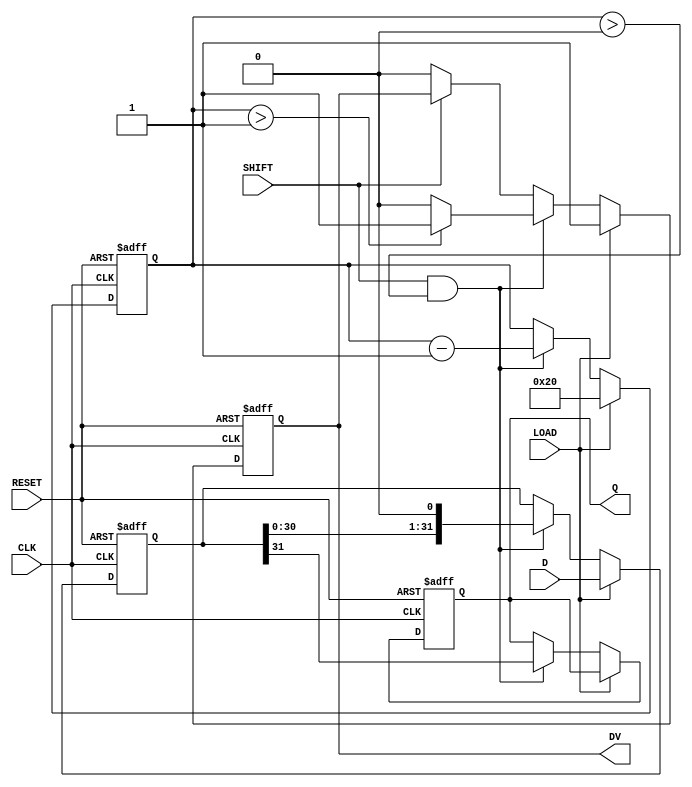
module PISO_Register (
    input  wire        CLK,    // Clock signal
    input  wire        RESET,  // Asynchronous reset
    input  wire        LOAD,   // Load signal
    input  wire        SHIFT,  // Shift signal
    input  wire [31:0] D,      // 32-bit input data
    output reg         Q,      // Serial output
    output reg         DV       // Data valid signal
);

    reg [31:0] shift_reg; // Internal shift register
    reg [5:0] bit_count;   // Counter to track the number of bits shifted out

    always @(posedge CLK or posedge RESET) begin
        if (RESET) begin
            shift_reg <= 32'b0;
            Q <= 1'b0;
            DV <= 1'b0;
            bit_count <= 6'b0;
        end else begin
            if (LOAD) begin
                // Load data into the shift register
                shift_reg <= D;
                bit_count <= 6'd32; // Reset bit count for the loading mode
                DV <= 1'b1; // Indicate that valid data is loaded
            end else if (SHIFT && bit_count > 0) begin
                // Shift data out serially
                Q <= shift_reg[31]; // Output the MSB
                shift_reg <= {shift_reg[30:0], 1'b0}; // Shift left
                bit_count <= bit_count - 1; // Decrement the bit count
                DV <= (bit_count > 1) ? 1'b1 : 1'b0; // Set DV if there are more bits to send
            end else if (!SHIFT) begin
                DV <= 1'b0; // Clear DV when not shifting
            end
        end
    end

endmodule